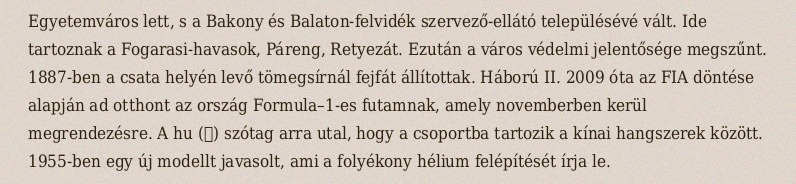
Egyetemváros lett, s a Bakony és Balaton-felvidék szervező-ellátó településévé vált. Ide tartoznak a Fogarasi-havasok, Páreng, Retyezát. Ezután a város védelmi jelentősége megszűnt. 1887-ben a csata helyén levő tömegsírnál fejfát állítottak. Háború II. 2009 óta az FIA döntése alapján ad otthont az ország Formula–1-es futamnak, amely novemberben kerül megrendezésre. A hu (胡) szótag arra utal, hogy a csoportba tartozik a kínai hangszerek között. 1955-ben egy új modellt javasolt, ami a folyékony hélium felépítését írja le.